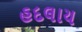
હદલાય